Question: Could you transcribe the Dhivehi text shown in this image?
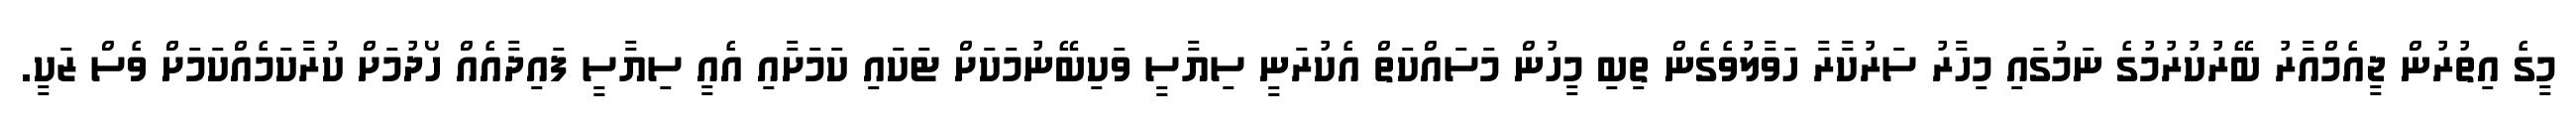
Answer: މީގެ އިތުރުން ޖީއެމްއާރު ބޭރުކުރުމުގެ ނަމުގައި މިހާރު ސަރުކާރާ ހަވާލުވެގެން ތިބި މީހުން މަސައްކަތް އެކުރަނީ ސިޔާސީ ވަކިބޭނުމަކަށް ޓަކައި ކަމަށާއި އެއީ ސިޔާސީ ފައިދާއެއް ހޯދުމަށް ކުރާކަމެއްކަމަށް ވެސް ޒަކީ.